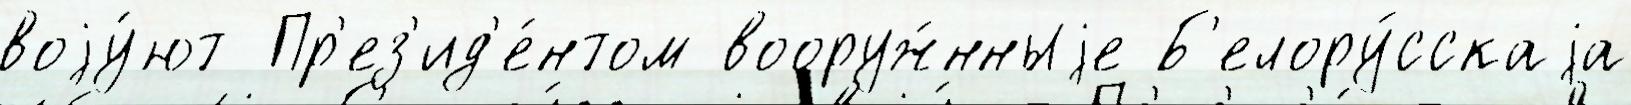
воjу́ют Пр'ез'ид'е́нтом вооруж́нныjе Б'елору́сскаjа